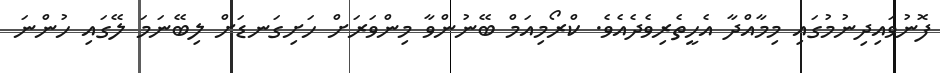
ފޮނުވައިދިނުމުގައި މިމާއްދާ އެހީތެރިވެދެއެވެ. ކްރޯމިއަމް ބޭނުންވާ މިންވަރަށް ހަށިގަނޑަށް ލިބޭނަމަ ލޭގައި ހުންނަ